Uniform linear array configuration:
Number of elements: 4
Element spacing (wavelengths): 1
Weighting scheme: exponential
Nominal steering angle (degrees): -60
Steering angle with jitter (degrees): -61.784
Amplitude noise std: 0.05
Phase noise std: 0.05

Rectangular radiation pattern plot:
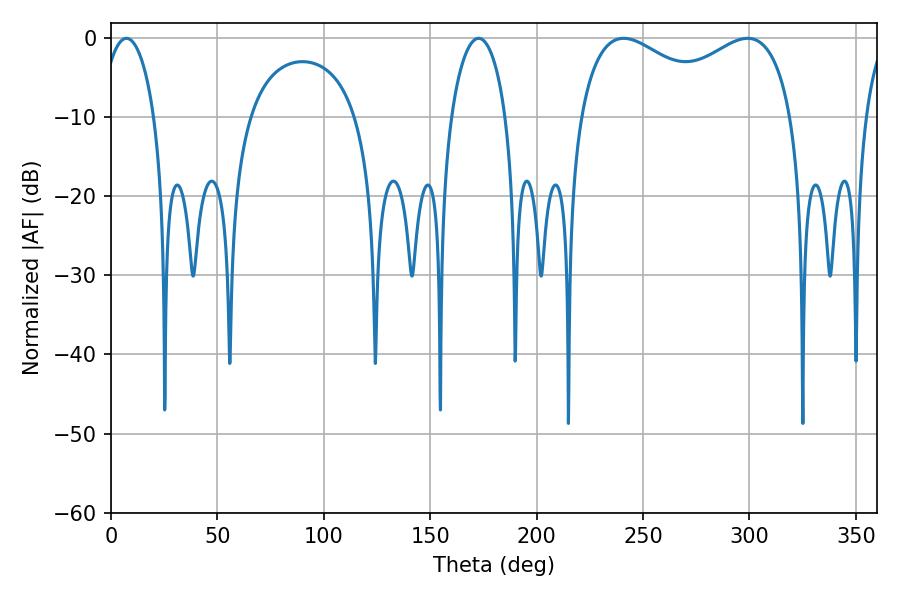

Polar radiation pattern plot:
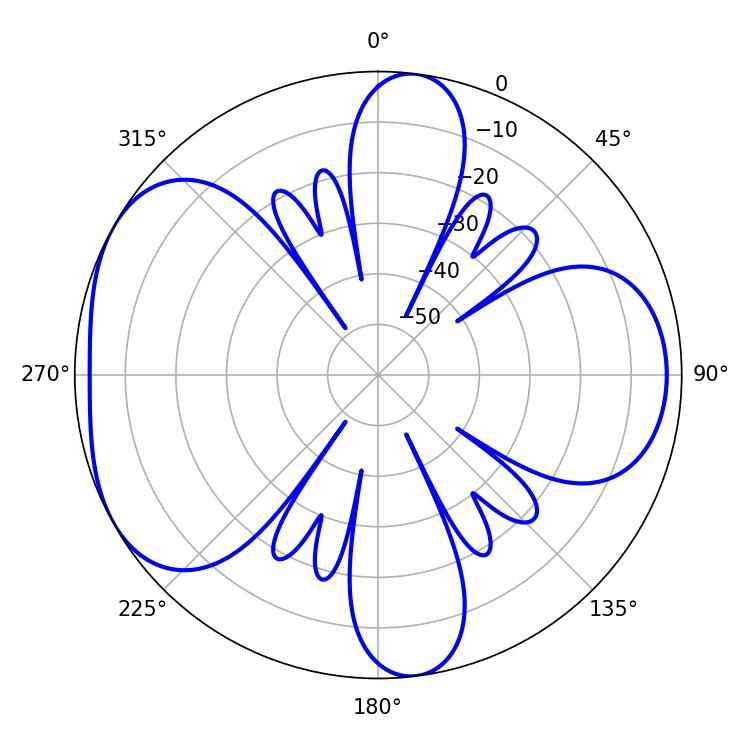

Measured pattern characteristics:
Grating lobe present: TRUE
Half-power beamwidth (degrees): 83.16
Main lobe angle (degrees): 240.84